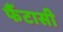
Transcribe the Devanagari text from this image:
फैंटासी